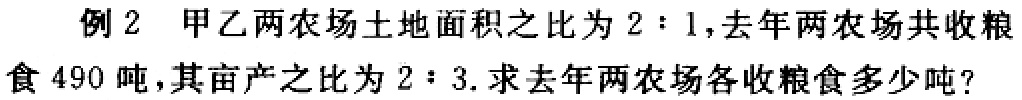
例2 甲乙两农场土地面积之比为\(2:1\)，去年两农场共收粮食\(490\)吨，其亩产之比为\(2:3\). 求去年两农场各收粮食多少吨？